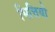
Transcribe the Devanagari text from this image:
भित्तियो